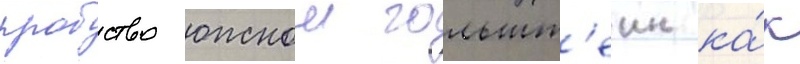
пробство южнои гольшт'еин ка́к